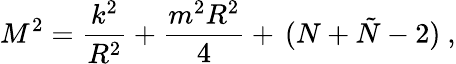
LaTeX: M^{2}=\frac{k^{2}}{R^{2}}+\frac{m^{2}R^{2}}{4}+\, (N+\tilde{N}-2)\ ,